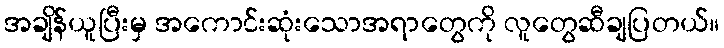
အချိန်ယူပြီးမှ အကောင်းဆုံးသောအရာတွေကို လူတွေဆီချပြတယ်။